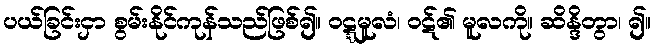
ပယ်ခြင်းငှာ စွမ်းနိုင်ကုန်သည်ဖြစ်၍။ ဝဋ္ဋမူလံ၊ ဝဋ်၏ မူလကို။ ဆိန္ဒိတွာ၊ ၍။